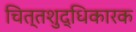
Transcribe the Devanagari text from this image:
चित्तशुद्धिकारक